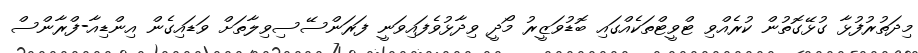
މިދަތުރުފުޅާ ގުޅޭގޮތުން ކުރެއްވި ޓްވީޓްތަކެއްގައި ބޮޑުވަޒީރު މޯދީ ވިދާޅުވެފައިވަނީ ފަރަންސޭސިވިލާތަށް ވަޑައިގެން އިންޑިއާ-ފްރާންސް